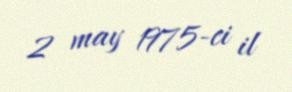
2 may 1975-ci il